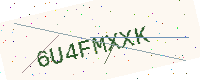
Text: 6U4FMXXK